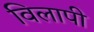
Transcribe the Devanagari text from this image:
विलापी